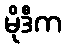
မိုဒီက